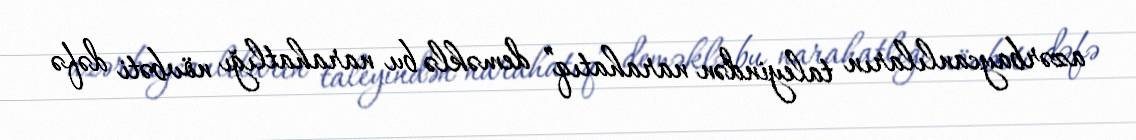
azərbaycanlıların taleyindən narahatıq” deməklə bu narahatlığı növbəti dəfə